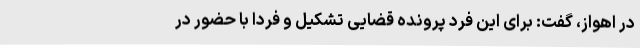
در اهواز، گفت: برای این فرد پرونده قضایی تشکیل و فردا با حضور در